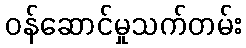
ဝန်ဆောင်မှုသက်တမ်း